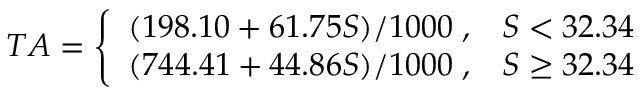
T A = \left\{ \begin{array} { l l } { ( 1 9 8 . 1 0 + 6 1 . 7 5 S ) / 1 0 0 0 \; , } & { S < 3 2 . 3 4 } \\ { ( 7 4 4 . 4 1 + 4 4 . 8 6 S ) / 1 0 0 0 \; , } & { S \geq 3 2 . 3 4 } \end{array} \right.